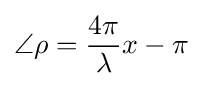
\angle \rho ={\frac {4\pi }{\lambda }}x-\pi